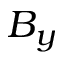
B _ { y }